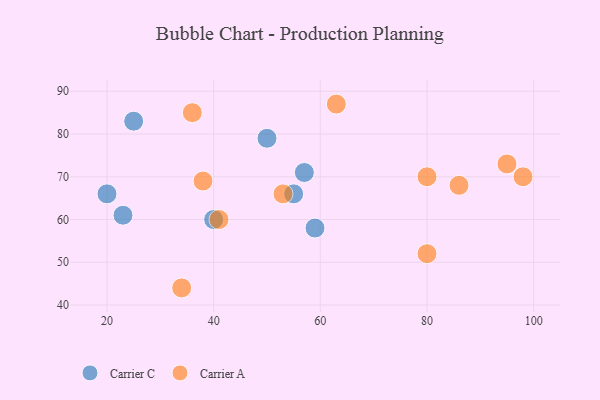
{"axis": {"x": "GDP", "y": "Life Expectancy"}, "legend": ["Carrier A", "Carrier C"], "data": [{"x": "40", "y": 60, "type": "Carrier C"}, {"x": "20", "y": 66, "type": "Carrier C"}, {"x": "23", "y": 61, "type": "Carrier C"}, {"x": "50", "y": 79, "type": "Carrier C"}, {"x": "55", "y": 66, "type": "Carrier C"}, {"x": "57", "y": 71, "type": "Carrier C"}, {"x": "25", "y": 83, "type": "Carrier C"}, {"x": "59", "y": 58, "type": "Carrier C"}, {"x": "95", "y": 73, "type": "Carrier A"}, {"x": "41", "y": 60, "type": "Carrier A"}, {"x": "53", "y": 66, "type": "Carrier A"}, {"x": "63", "y": 87, "type": "Carrier A"}, {"x": "36", "y": 85, "type": "Carrier A"}, {"x": "80", "y": 52, "type": "Carrier A"}, {"x": "34", "y": 44, "type": "Carrier A"}, {"x": "86", "y": 68, "type": "Carrier A"}, {"x": "38", "y": 69, "type": "Carrier A"}, {"x": "80", "y": 70, "type": "Carrier A"}, {"x": "98", "y": 70, "type": "Carrier A"}]}